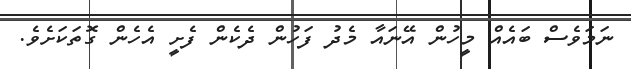
ނަމަވެސް ބައެއް މީހުން އޭނައާ މެދު ފަހުން ދެކެން ފެށީ އެހެން ގޮތަކަށެވެ.